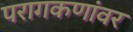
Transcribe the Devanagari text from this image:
परागकणांवर